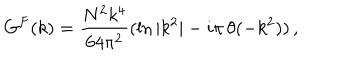
G ^ { F } ( k ) = { \frac { N ^ { 2 } k ^ { 4 } } { 6 4 \pi ^ { 2 } } } ( \ln { | k ^ { 2 } | } - i \pi \, \theta ( - k ^ { 2 } ) ) \, ,